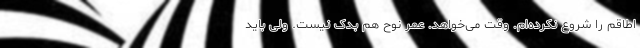
اطاقم را شروع نکرده‌ام. وقت می‌خواهد. عمر نوح هم بدک نیست. ولی باید